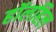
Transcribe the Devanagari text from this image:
हॉलहिल